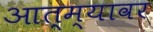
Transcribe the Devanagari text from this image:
आत्म्यावर